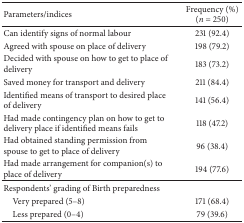
<table><thead><tr><td><b>Parameters/indices</b></td><td><b>Frequency (%)(<i>n</i> = 250)</b></td></tr></thead><tbody><tr><td>Can identify signs of normal labour</td><td>231 (92.4)</td></tr><tr><td>Agreed with spouse on place of delivery</td><td>198 (79.2)</td></tr><tr><td>Decided with spouse on how to get to place of delivery</td><td>183 (73.2)</td></tr><tr><td>Saved money for transport and delivery</td><td>211 (84.4)</td></tr><tr><td>Identified means of transport to desired place of delivery</td><td>141 (56.4)</td></tr><tr><td>Had made contingency plan on how to get to delivery place if identified means fails</td><td>118 (47.2)</td></tr><tr><td>Had obtained standing permission from spouse to get to place of delivery</td><td>96 (38.4)</td></tr><tr><td>Had made arrangement for companion(s) to place of delivery</td><td>194 (77.6)</td></tr><tr><td>Respondents&#x27; grading of Birth preparedness</td><td> </td></tr><tr><td> Very prepared (5–8)</td><td>171 (68.4)</td></tr><tr><td> Less prepared (0–4)</td><td>79 (39.6)</td></tr></tbody></table>